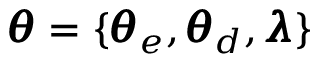
\pmb { \theta } = \{ \pmb { \theta } _ { e } , \pmb { \theta } _ { d } , \pmb { \lambda } \}